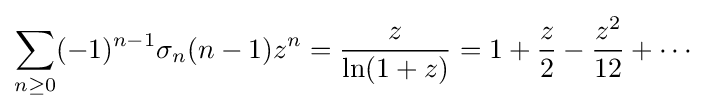
\sum _{n\geq 0}(-1)^{n-1}\sigma _{n}(n-1)z^{n}={\frac {z}{\ln(1+z)}}=1+{\frac {z}{2}}-{\frac {z^{2}}{12}}+\cdots